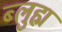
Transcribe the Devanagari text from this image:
ब्लुह्म